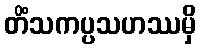
တိံသကပ္ပသဟဿမှိ